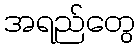
အရည်တွေ